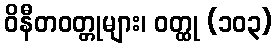
ဝိနီတဝတ္တုများ၊ ဝတ္ထု (၁၀၃)